system: You are a helpful assistant.
user:
Analyze the provided spectrum to determine if it is a **White Dwarf (WD)**.

A White Dwarf spectrum is defined by its **extreme purity** (due to gravitational settling) and/or **extreme pressure broadening** (due to high surface gravity). You must check for one of the following mutually exclusive signatures:

- **Key Visual Indicators (Check for ONE of these types):**

    - **1. DA-Type Signature (Most Common):**
        - **(Primary Feature):** Extreme pressure broadening (Stark broadening) of the **Hydrogen (H) Balmer lines**.
        - **(Key Lines):** $H\beta$ (approx. $4861$ Å) and $H\gamma$ (approx. $4340$ Å). $H\alpha$ (approx. $6563$ Å) will also be present if the wavelength range covers it.
        - **(Line Profile):** This is the **defining feature**. The lines are **NOT** sharp. They appear as massive, **extremely broad and deep "troughs" or "dips"** in the spectrum, often hundreds of Ångströms wide. The continuum will appear to "scoop" down at these wavelengths.
        - **(Distinction):** Normal A-type or B-type stars have *narrow* and *sharp* Hydrogen lines. A DA White Dwarf's lines are unmistakably "smeared" or "blurry" from pressure.

    - **2. DB-Type Signature:**
        - **(Primary Feature):** Broad absorption lines from **Neutral Helium (He I)**. The spectrum must lack any visible Hydrogen lines.
        - **(Key Lines):** Look for broad absorption near $4471$ Å, $4921$ Å, and $5876$ Å.
        - **(Line Profile):** These lines are also significantly pressure-broadened, appearing much wider than they would in a normal B-type main-sequence star.

    - **3. DC-Type Signature:**
        - **(Primary Feature):** A **featureless continuous spectrum**.
        - **(Line Profile):** The spectrum is a smooth curve with **no significant absorption or emission lines**.
        - **(Key Confirmation):** The continuum is almost always **blue or white**, indicating a hot object. This signature implies the atmosphere is so pure (or so cool) that no spectral lines are visible in the optical range. Its WD identity is confirmed by its extremely low intrinsic brightness (high absolute magnitude).

    - **4. DZ-Type Signature (Metal-Polluted):**
        - **(Primary Feature):** **Isolated, narrow metal absorption lines** on an otherwise featureless (DC-like) continuum.
        - **(Key Lines):** The **Calcium (Ca II) H & K doublet** (approx. **$3934$ Å** and **$3968$ Å**) is the most common and defining feature.
        - **(Line Profile):** These lines are "out of place." They are *not* part of a "forest" of thousands of lines. This signature is evidence of recent *accretion* (pollution) from rocky debris.
        - **(Distinction):** Normal G/K/M stars have a *dense forest* of thousands of metal lines. A DZ has a *clean* continuum with *only a few* strong metal lines.

    - **5. DQ-Type Signature (Carbon-Polluted):**
        - **(Primary Feature):** Absorption bands from **Carbon (C₂ "Swan Bands" or atomic C I)**.
        - **(Key Lines - C₂):** Look for bandheads with a "saw-tooth" shape near $5635$ Å, **$5165$ Å** (strongest), and $4737$ Å.
        - **(Key Confirmation):** The underlying **continuum must be blue or white** (hot).
        - **(Distinction):** This is the critical difference from a **Carbon Star**, which has the *exact same* C₂ bands but on an extremely **red, cool** continuum.

- **(Overall Spectrum):**
    - The continuum (overall shape) is typically **blue-sloping** (brighter in the blue than the red), as most white dwarfs are very hot.
    - The spectrum will look "pure" or "simple," dominated by only *one* of the five signatures listed above.

Think first, call **spectral_visualization_tool** if needed to examine features in detail, then provide your final answer. Your response must adhere to the following strict rules:
1.  **Overall Structure:** Your response must follow the format `<think>...</think> <tool_call>...</tool_call> (if a tool is used) <answer>...</answer>`.
2.  **Tool Usage Constraint:** You may only make **one** tool call per turn.
3.  **Final Answer Format:** In the `<answer>` tag, your conclusion must be inside a `\boxed{}` command (e.g., `\boxed{YES}` or `\boxed{NO}`), followed by your justification.

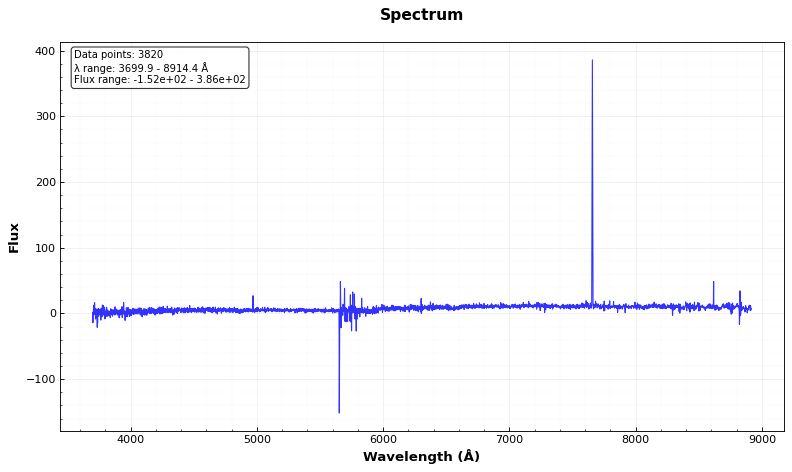
Answer: YES